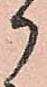
御